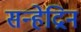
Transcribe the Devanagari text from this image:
सन्हेद्रिन